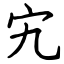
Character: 宄